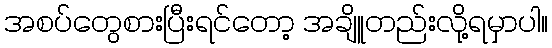
အစပ်တွေစားပြီးရင်တော့ အချိူတည်းလို့ရမှာပါ။